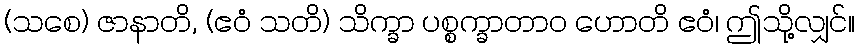
(သစေ) ဇာနာတိ, (ဧဝံ သတိ) သိက္ခာ ပစ္စက္ခာတာဝ ဟောတိ ဧဝံ၊ ဤသို့လျှင်။